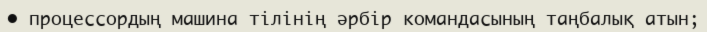
• процессордың машина тілінің әрбір командасының таңбалық атын;